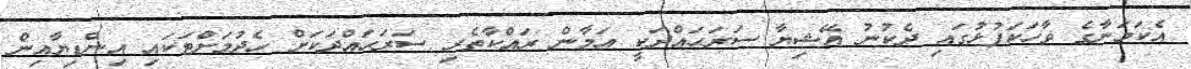
އެކަމަނާގެ ވާހަކަފުޅުގައި ދެކުނު އޭޝިޔާ ސަރަޙައްދަކީ އަމާން ރައްކާތެރި ސަރަޙައްދަކަށް ހެދުމަށްޓަކައި އިންޑިޔާއިން